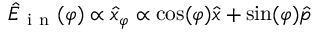
\hat { E } _ { \mathrm { ~ i ~ n ~ } } ( \varphi ) \propto \hat { x } _ { \varphi } \propto \cos ( \varphi ) \hat { x } + \sin ( \varphi ) \hat { p }